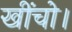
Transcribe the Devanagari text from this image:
खींचो।